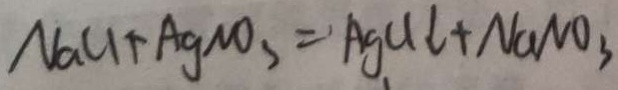
N a C l + A g N O _ { 3 } = A g C l \downarrow + N a N O _ { 3 }